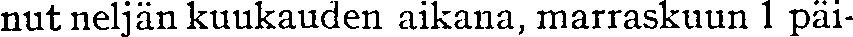
nut neljän kuukauden aikana, marraskuun 1 päi-